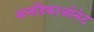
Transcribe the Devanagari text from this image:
अनडिकाओनेट